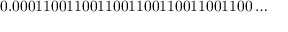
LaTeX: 0 . 0 0 0 1 1 0 0 1 1 0 0 1 1 0 0 1 1 0 0 1 1 0 0 1 1 0 0 1 1 0 0 \ldots